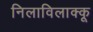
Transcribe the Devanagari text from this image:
निलाविलाक्कू